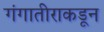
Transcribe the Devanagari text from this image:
गंगातीराकडून